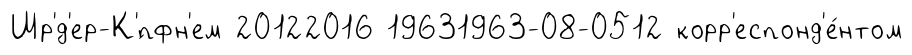
Шр'́д'ер-К'́пфн'ем 20122016 19631963-08-0512 корр'еспонд'е́нтом